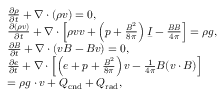
\begin{array} { r l } & { \frac { \partial \rho } { \partial t } + \nabla \cdot ( \rho \boldsymbol { v } ) = 0 , } \\ & { \frac { \partial ( \rho \boldsymbol { v } ) } { \partial t } + \nabla \cdot \left[ \rho \boldsymbol { v } \boldsymbol { v } + \left( p + \frac { \boldsymbol { B } ^ { 2 } } { 8 \pi } \right) \boldsymbol { \underbar I } - \frac { \boldsymbol { B } \boldsymbol { B } } { 4 \pi } \right] = \rho \boldsymbol { g } , } \\ & { \frac { \partial \boldsymbol { B } } { \partial t } + \nabla \cdot ( \boldsymbol { v B } - \boldsymbol { B v } ) = 0 , } \\ & { \frac { \partial e } { \partial t } + \nabla \cdot \left[ \left( e + p + \frac { \boldsymbol { B } ^ { 2 } } { 8 \pi } \right) \boldsymbol { v } - \frac { 1 } { 4 \pi } \boldsymbol { B } ( \boldsymbol { v } \cdot \boldsymbol { B } ) \right] } \\ & { = \rho \boldsymbol { g } \cdot \boldsymbol { v } + Q _ { \mathrm { c n d } } + Q _ { \mathrm { r a d } } , } \end{array}